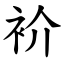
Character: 衸